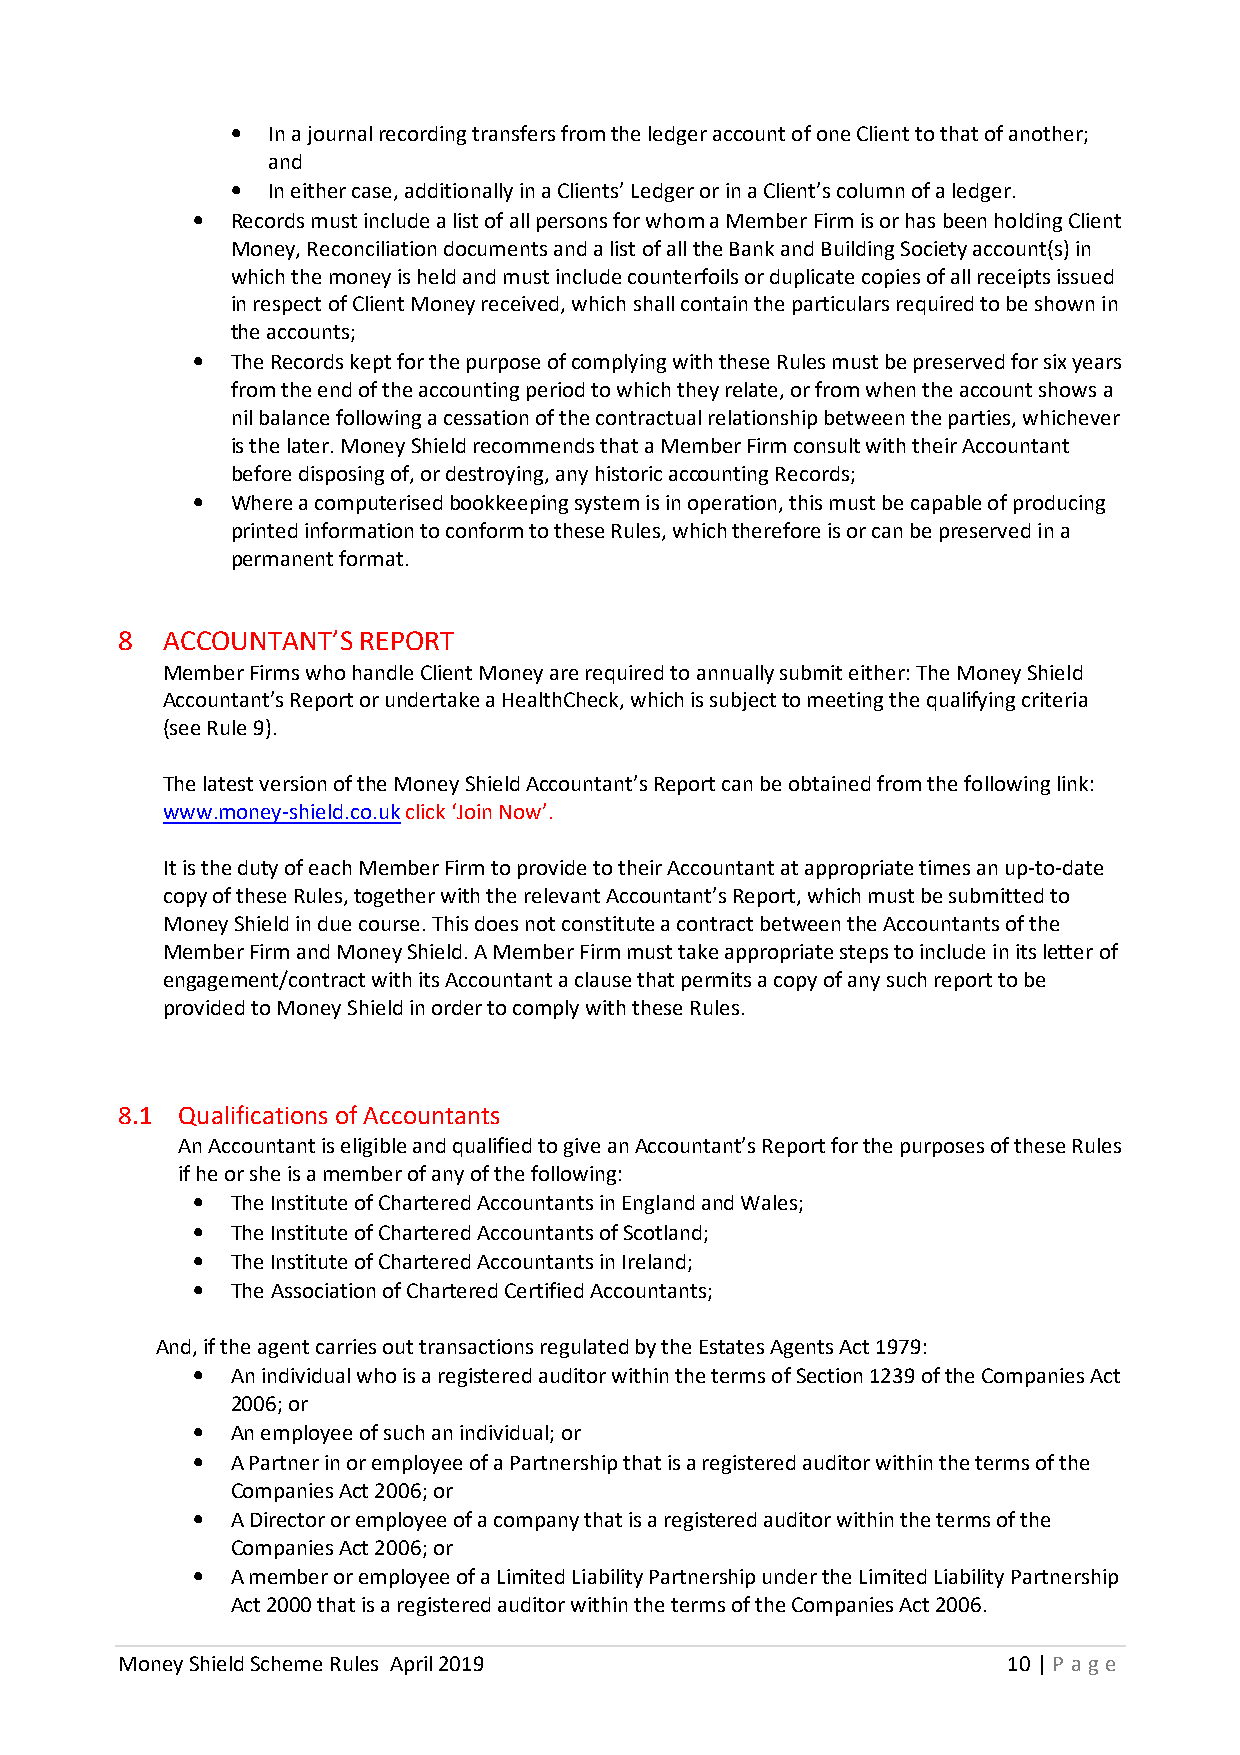
•  In a journal recording transfers from the ledger account of one Client to that of another;
 and
 •  In either case, additionally in a Clients’ Ledger or in a Client’s column of a ledger.
 • Records must include a list of all persons for whom a Member Firm is or has been holding Client
 Money, Reconciliation documents and a list of all the Bank and Building Society account(s) in
 which the money is held and must include counterfoils or duplicate copies of all receipts issued
 in respect of Client Money received, which shall contain the particulars required to be shown in
 the accounts;
 • The Records kept for the purpose of complying with these Rules must be preserved for six years
 from the end of the accounting period to which they relate, or from when the account shows a
 nil balance following a cessation of the contractual relationship between the parties, whichever
 is the later. Money Shield recommends that a Member Firm consult with their Accountant
 before disposing of, or destroying, any historic accounting Records;
 • Where a computerised bookkeeping system is in operation, this must be capable of producing
 printed information to conform to these Rules, which therefore is or can be preserved in a
 permanent format.
 8  ACCOUNTANT’S REPORT
 Member Firms who handle Client Money are required to annually submit either: The Money Shield
 Accountant’s Report or undertake a HealthCheck, which is subject to meeting the qualifying criteria
 (see Rule 9).
 The latest version of the Money Shield Accountant’s Report can be obtained from the following link:
 www.money-shield.co.uk click ‘Join Now’.
 It is the duty of each Member Firm to provide to their Accountant at appropriate times an up-to-date
 copy of these Rules, together with the relevant Accountant’s Report, which must be submitted to
 Money Shield in due course. This does not constitute a contract between the Accountants of the
 Member Firm and Money Shield. A Member Firm must take appropriate steps to include in its letter of
 engagement/contract with its Accountant a clause that permits a copy of any such report to be
 provided to Money Shield in order to comply with these Rules.
 8.1 Qualifications of Accountants
 An Accountant is eligible and qualified to give an Accountant’s Report for the purposes of these Rules
 if he or she is a member of any of the following:
 • The Institute of Chartered Accountants in England and Wales;
 • The Institute of Chartered Accountants of Scotland;
 • The Institute of Chartered Accountants in Ireland;
 • The Association of Chartered Certified Accountants;
 And, if the agent carries out transactions regulated by the Estates Agents Act 1979:
 • An individual who is a registered auditor within the terms of Section 1239 of the Companies Act
 2006; or
 • An employee of such an individual; or
 • A Partner in or employee of a Partnership that is a registered auditor within the terms of the
 Companies Act 2006; or
 • A Director or employee of a company that is a registered auditor within the terms of the
 Companies Act 2006; or
 • A member or employee of a Limited Liability Partnership under the Limited Liability Partnership
 Act 2000 that is a registered auditor within the terms of the Companies Act 2006.
 Money Shield Scheme Rules April 2019                       10 | P age